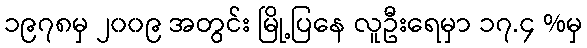
၁၉၇၈မှ ၂၀၀၉ အတွင်း မြို့ပြနေ လူဦးရေမှာ ၁၇.၄ %မှ